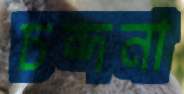
চন্দনা